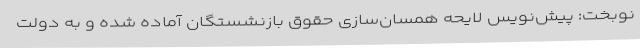
نوبخت: پیش‌نویس لایحه همسان‌سازی حقوق بازنشستگان آماده شده و به دولت